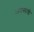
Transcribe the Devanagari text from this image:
व्यवस्थांची